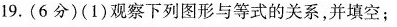
19.(6分)(1)观察下列图形与等式的关系，并填空；